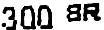
300 SR